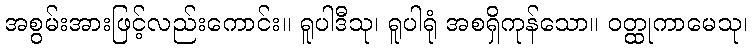
အစွမ်းအားဖြင့်လည်းကောင်း။ ရူပါဒီသု၊ ရူပါရုံ အစရှိကုန်သော။ ဝတ္ထုကာမေသု၊